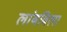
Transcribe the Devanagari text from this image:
लांबविला